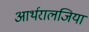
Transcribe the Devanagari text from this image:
आर्थरालजिया